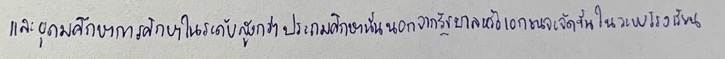
และอุดมศึกษาการศึกษาในระดับสูงกว่าประถมศึกษานั้นนอกจากรัฐบาลหรือเอกชนจะจัดขึ้นในระบบโรงเรียน